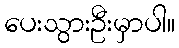
ပေးသွားဦးမှာပါ။